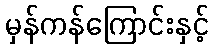
မှန်ကန်ကြောင်းနှင့်